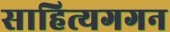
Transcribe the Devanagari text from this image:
साहित्यगगन